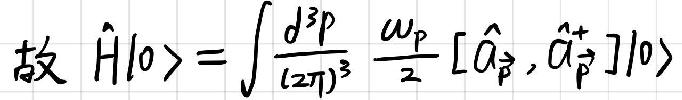
故 $\hat{H}|0\rangle=\int\frac{d^{3}p}{(2\pi)^{3}}\frac{\omega_{p}}{2}[\hat{a}_{\vec{p}},\hat{a}_{\vec{p}}^{+}]|0\rangle$